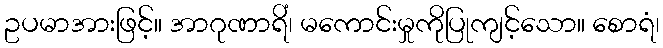
ဥပမာအားဖြင့်။ အာဂုဏာရိံ၊ မကောင်းမှုကိုပြုကျင့်သော။ စောရံ၊